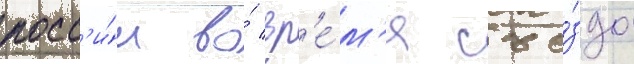
росс'и́и во́ вр'е́м'я съе́зда